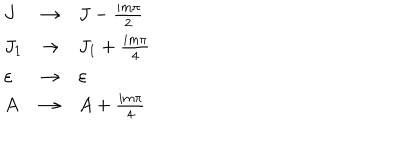
\begin{array} { l l l } { { J } } & { { \rightarrow } } & { { J - { \frac { i m \pi } { 2 } } } } \\ { { J _ { 1 } } } & { { \rightarrow } } & { { J _ { 1 } + { \frac { i m \pi } { 4 } } } } \\ { { \varepsilon } } & { { \rightarrow } } & { { \varepsilon } } \\ { { A } } & { { \rightarrow } } & { { A + { \frac { i m \pi } { 4 } } } } \\ \end{array}